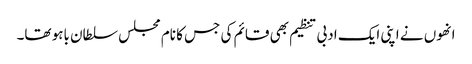
انھوں نے اپنی ایک ادبی تنظیم بھی قائم کی جس کا نام مجلس سلطان باہو تھا۔